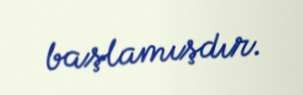
başlamışdır.